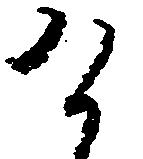
け